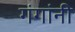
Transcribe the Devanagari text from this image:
गंगांनी